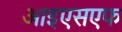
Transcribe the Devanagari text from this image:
आइएसएफ